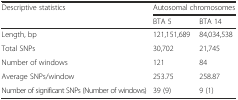
<table><thead><tr><td rowspan="2"><b>Descriptive statistics</b></td><td colspan="2"><b>Autosomal chromosomes</b></td></tr><tr><td><b>BTA 5</b></td><td><b>BTA 14</b></td></tr></thead><tbody><tr><td>Length, bp</td><td>121,151,689</td><td>84,034,538</td></tr><tr><td>Total SNPs</td><td>30,702</td><td>21,745</td></tr><tr><td>Number of windows</td><td>121</td><td>84</td></tr><tr><td>Average SNPs/window</td><td>253.75</td><td>258.87</td></tr><tr><td>Number of significant SNPs (Number of windows)</td><td>39 (9)</td><td>9 (1)</td></tr></tbody></table>